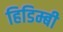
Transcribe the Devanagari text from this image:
हिडिम्बी